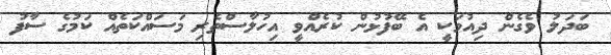
ބަދަލު ވެގެން ދިއުމަކީ އެ ބޭފުޅުން ކުރެއްވީ އިހުލާސްތެރި މަސައްކަތެއް ކަމުގެ ސާފު